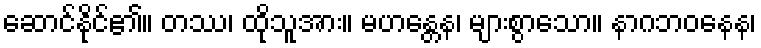
ဆောင်နိုင်၏။ တဿ၊ ထိုသူအား။ မဟန္တေန၊ များစွာသော။ နာဂဘဝနေန၊